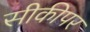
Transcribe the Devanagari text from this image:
सीकीपर